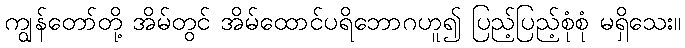
ကျွန်တော်တို့ အိမ်တွင် အိမ်ထောင်ပရိဘောဂဟူ၍ ပြည့်ပြည့်စုံစုံ မရှိသေး။